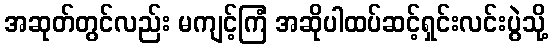
အဆုတ်တွင်လည်း မကျင့်ကြံ အဆိုပါထပ်ဆင့်ရှင်းလင်းပွဲသို့